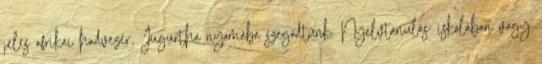
jeles afrikai hadvezér, Jugurtha nyomába szegődtünk. Nyelvtanulás: iskolában vagy